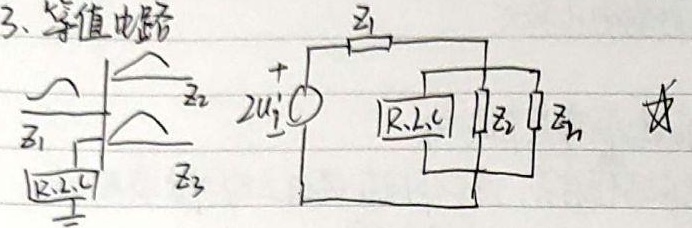
3. 等值电路![电路图](这里无法实际呈现图片，你可根据实际情况补充或忽略此描述)其中有一些标注： \(Z_1\)，\(Z_2\)，\(Z_3\)， \(2u_{1}'\) ，以及包含 \(R,L,C\) 的方框  。